Report on vaccination in Madras 1895-1903 - 1895-1903
Year: 1895
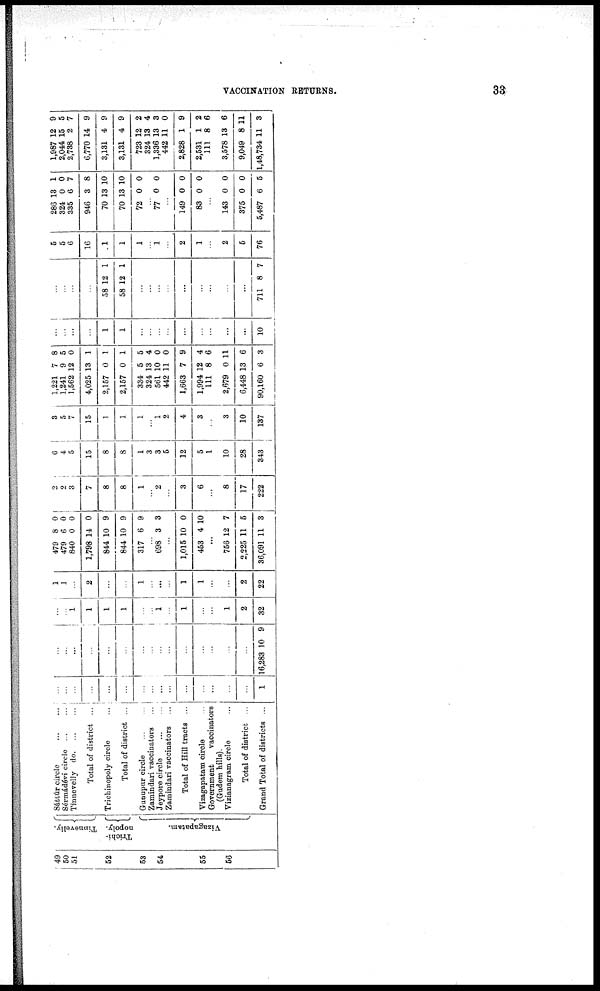
VACCINATION RETURNS.
33
49
50
51
52
53
54
55
56
Tinnevelly.
Triohi-
nopoly.
Vizagapatam.
Sáttúr
circle...
...
Sérmádévi circle... ...
Tinnevelly d
o
. ... ...
Total of district ...
Trichinopoly circle...
Total of district ...
Gunupur
circle...
...
Zamindari vaccinators...
Jeypore circle
Zamindari vaccinators...
Total of Hill tracts ...
Vizagapatam circle...
Government
vaccinators
(Gudem hills).
Vizianagram circle...
Total of district ...
Grand Total of districts ...
...
...
...
...
...
...
...
...
...
...
...
...
...
...
...
1
...
...
...
...
...
...
...
...
...
...
...
...
...
...
...
16,283 10 9
...
...
1
1
1
1
...
...
1
...
1
...
...
1
2
32
1
1
...
2
...
...
1
...
...
...
1
1
...
...
2
22
479
479
840
1,798
844
844
317
...
698
8
6
0
14
10
10
6
...
3
0
0
0
0
9
9
9
...
3
...
1,015
453
10
4
0
10
...
756
2,225
36,091
12
11
11
7
5
3
2
2
3
7
8
8
1
...
2
...
3
6
...
8
17
222
6
4
5
15
8
8
1
3
3
5
12
5
1
10
28
343
3
5
7
15
1
1
1
...
1
2
4
3
...
3
10
137
1,221
1,241
1,562
4,025
2,157
2,157
334
324
561
442
1,663
1,994
111
2,679
6,448
90,160
7
9
12
13
0
0
5
13
10
11
7
12
8
0
13
6
8
5
0
1
1
1
5
4
0
0
9
4
6
11
6
3
...
...
...
...
1
1
...
...
...
...
...
...
...
...
...
10
...
...
...
...
58
58
12
12
1
1
...
...
...
...
...
...
...
...
...
711 8 7
5
5
6
16
1
1
1
...
1
...
2
1
...
2
5
76
286
324
335
946
70
70
72
13
0
6
3
13
13
0
1
0
7
8
10
10
0
...
77 0 0
...
149
83
0
0
0
0
...
143
375
5,487
0
0
6
0
0
5
1,987
2,044
2,738
6,770
3,131
3,131
723
324
1,336
442
2,828
2,531
111
3,578
9,049
1,48,734
12
15
2
14
4
4
12
13
13
11
1
1
8
13
8
11
9
5
7
9
9
9
2
4
3
0
9
2
6
6
11
3